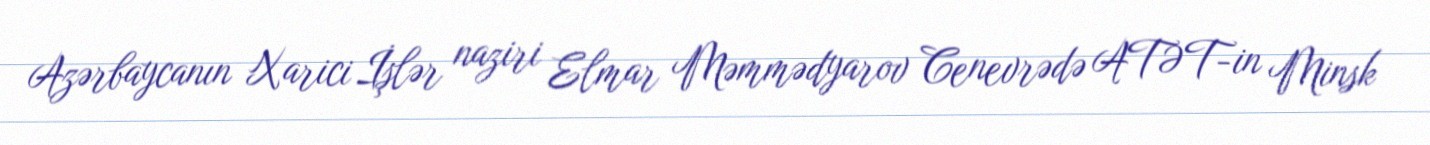
Azərbaycanın Xarici İşlər naziri Elmar Məmmədyarov Cenevrədə ATƏT-in Minsk